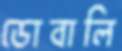
ডোবালি